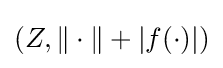
(Z,\|\cdot \|+|f(\cdot )|)